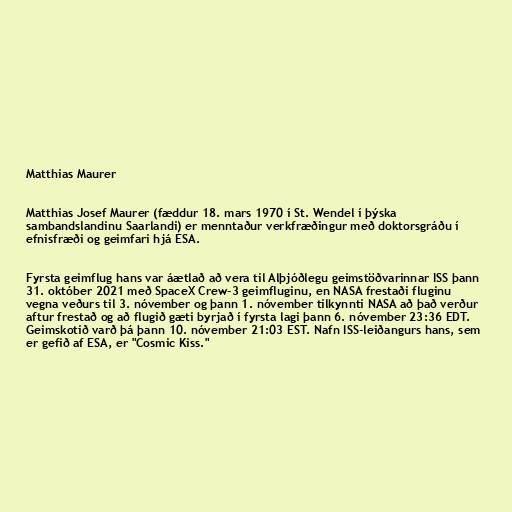
Matthias Maurer

Matthias Josef Maurer (fæddur 18. mars 1970 í St. Wendel í þýska
sambandslandinu Saarlandi) er menntaður verkfræðingur með doktorsgráðu í
efnisfræði og geimfari hjá ESA.

Fyrsta geimflug hans var áætlað að vera til Alþjóðlegu geimstöðvarinnar ISS þann
31. október 2021 með SpaceX Crew-3 geimfluginu, en NASA frestaði fluginu
vegna veðurs til 3. nóvember og þann 1. nóvember tilkynnti NASA að það verður
aftur frestað og að flugið gæti byrjað í fyrsta lagi þann 6. nóvember 23:36 EDT.
Geimskotið varð þá þann 10. nóvember 21:03 EST. Nafn ISS-leiðangurs hans, sem
er gefið af ESA, er "Cosmic Kiss."